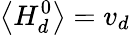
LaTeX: \left\langle H_{d}^{0}\right\rangle=v_{d}